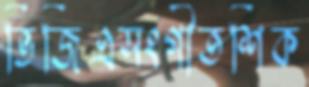
ভিজিএসংগীতশিক